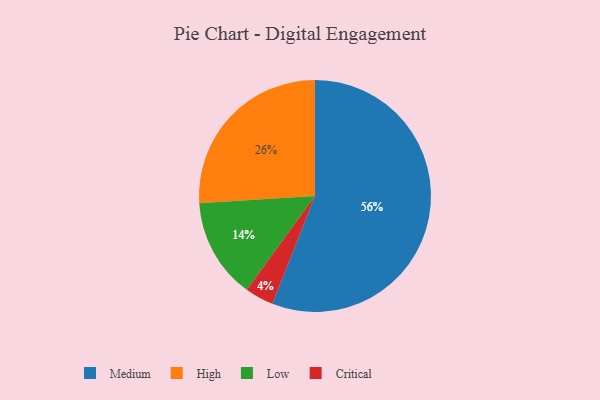
{"axis": {"x": "Category", "y": "Percentage"}, "legend": ["Critical", "High", "Low", "Medium"], "data": [{"x": "Medium", "y": 56, "type": "Medium"}, {"x": "High", "y": 26, "type": "High"}, {"x": "Low", "y": 14, "type": "Low"}, {"x": "Critical", "y": 4, "type": "Critical"}]}